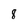
Character: 8